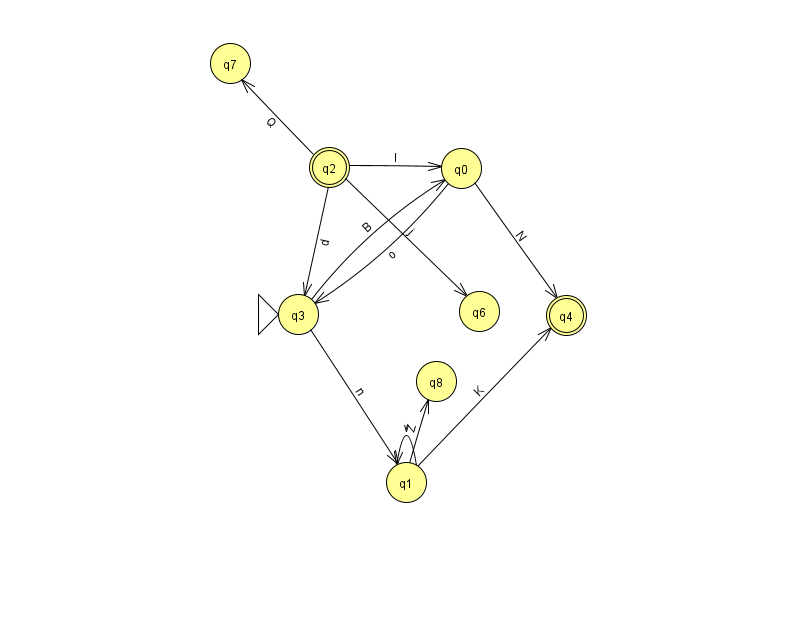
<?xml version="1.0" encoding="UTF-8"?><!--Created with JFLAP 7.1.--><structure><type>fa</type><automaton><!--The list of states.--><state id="0" name="q0"><x>461.0</x><y>155.0</y></state><state id="1" name="q1"><x>406.0</x><y>469.0</y></state><state id="2" name="q2"><x>329.0</x><y>154.0</y><final/></state><state id="3" name="q3"><x>298.0</x><y>301.0</y><initial/></state><state id="4" name="q4"><x>566.0</x><y>302.0</y><final/></state><state id="6" name="q6"><x>479.0</x><y>298.0</y></state><state id="7" name="q7"><x>230.0</x><y>50.0</y></state><state id="8" name="q8"><x>436.0</x><y>368.0</y></state><!--The list of transitions.--><transition><from>2</from><to>7</to><read>Q</read></transition><transition><from>3</from><to>1</to><read>n</read></transition><transition><from>0</from><to>3</to><read>o</read></transition><transition><from>2</from><to>0</to><read>l</read></transition><transition><from>1</from><to>1</to><read>v</read></transition><transition><from>2</from><to>3</to><read>d</read></transition><transition><from>2</from><to>6</to><read>j</read></transition><transition><from>3</from><to>0</to><read>B</read></transition><transition><from>0</from><to>4</to><read>N</read></transition><transition><from>1</from><to>8</to><read>Z</read></transition><transition><from>1</from><to>4</to><read>K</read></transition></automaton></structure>